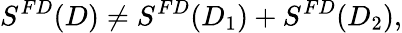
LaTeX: S^{FD}(D)\ne S^{FD}(D_{1})+S^{FD}(D_{2}),